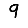
Digit: 9